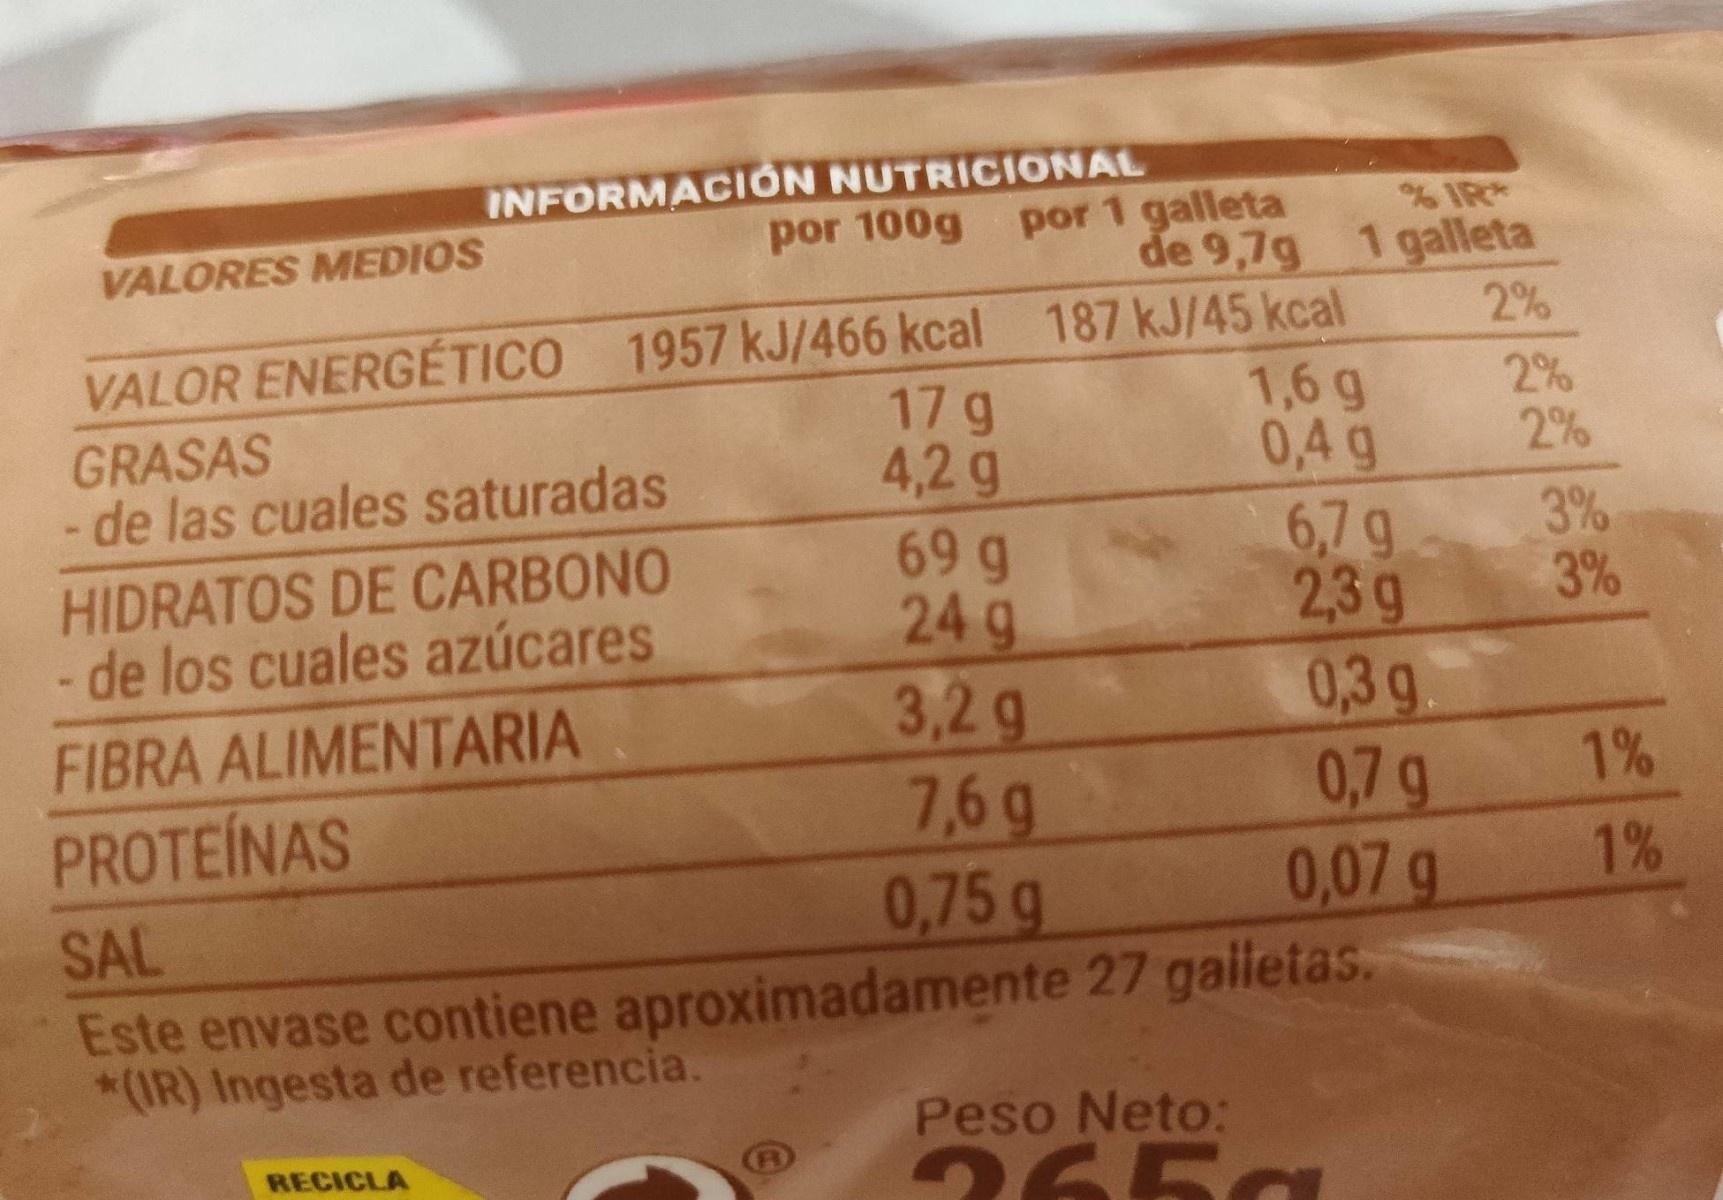
INFORMACION NUTRICIONAL por 100g
por 1 galleta de 9,7g 1 galleta
IR*
VALORES MEDIOS
VALOR ENERGÉTICO 1957 kJ/466 kcal 187 kJ/45 kcal 1,6 g 0,4 g
2%
2% 2%
17 g 4,2g 69 g 24g 3,2g 7,6g 0,75 g
GRASAS -de las cuales saturadas
6,7 g 2,3g
3% 3%
HIDRATOS DE CARBONO de los cuales azúcares FIBRA ALIMENTARIA PROTEINAS SAL Este envase contiene aproximadamente 27 gaileias.
0,3g 0,7 g 0,07 g
1%
1%
*(IR) Ingesta de referencia.
Peso Neto: 265g
RECICLA